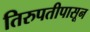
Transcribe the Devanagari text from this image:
तिरुपतीपासून